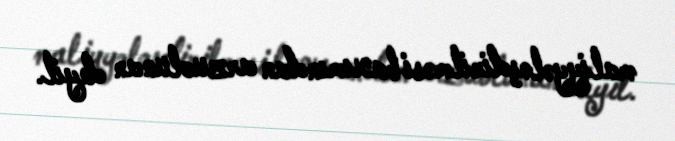
maliyyələşdirilməsi baxımından arzuolunan deyil.